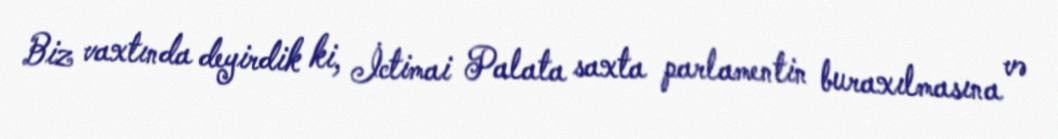
Biz vaxtında deyirdik ki, İctimai Palata saxta parlamentin buraxılmasına və